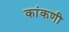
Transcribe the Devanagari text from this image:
कांकणी